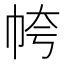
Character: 㡁